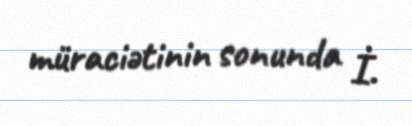
müraciətinin sonunda İ.